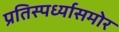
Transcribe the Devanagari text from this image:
प्रतिस्पर्ध्यासमोर